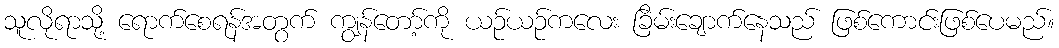
သူလိုရာသို့ ရောက်စေရန်အတွက် ကျွန်တော့်ကို ယဉ်ယဉ်ကလေး ခြိမ်းချောက်နေသည် ဖြစ်ကောင်းဖြစ်ပေမည်။